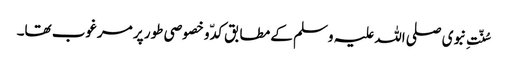
سُنّتِ نبوی صلی اللہ علیہ وسلم کے مطابق کدّ و خصوصی طور پر مرغوب تھا۔